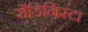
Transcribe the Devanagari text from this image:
सेंडिनिस्टा